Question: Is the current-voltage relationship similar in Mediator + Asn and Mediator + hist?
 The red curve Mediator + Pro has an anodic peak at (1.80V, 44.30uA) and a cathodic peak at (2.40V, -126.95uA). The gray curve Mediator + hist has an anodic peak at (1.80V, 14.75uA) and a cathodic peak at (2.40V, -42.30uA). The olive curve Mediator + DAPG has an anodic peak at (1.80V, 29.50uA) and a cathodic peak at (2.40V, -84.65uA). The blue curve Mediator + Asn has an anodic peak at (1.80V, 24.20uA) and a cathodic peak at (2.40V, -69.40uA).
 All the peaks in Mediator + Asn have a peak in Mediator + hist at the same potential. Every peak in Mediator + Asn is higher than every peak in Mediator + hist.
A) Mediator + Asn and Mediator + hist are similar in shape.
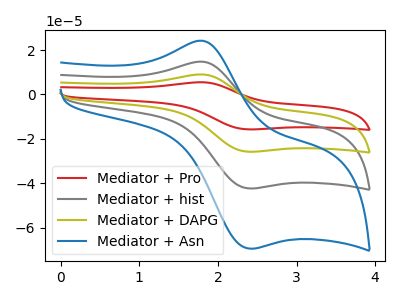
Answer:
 <answer>A) "Mediator + Asn" and "Mediator + hist" are similar in shape.</answer>
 <eval>A</eval>